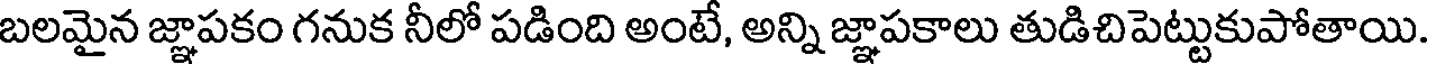
బలమైన జ్ఞాపకం గనుక నీలో పడింది అంటే, అన్ని జ్ఞాపకాలు తుడిచిపెట్టుకుపోతాయి.